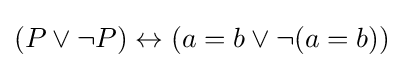
(P\lor \neg P)\leftrightarrow (a=b\lor \neg (a=b))